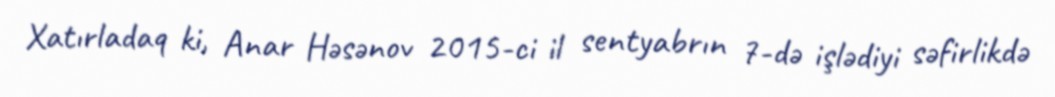
Xatırladaq ki, Anar Həsənov 2015-ci il sentyabrın 7-də işlədiyi səfirlikdə